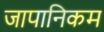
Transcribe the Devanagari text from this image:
जापानिकम